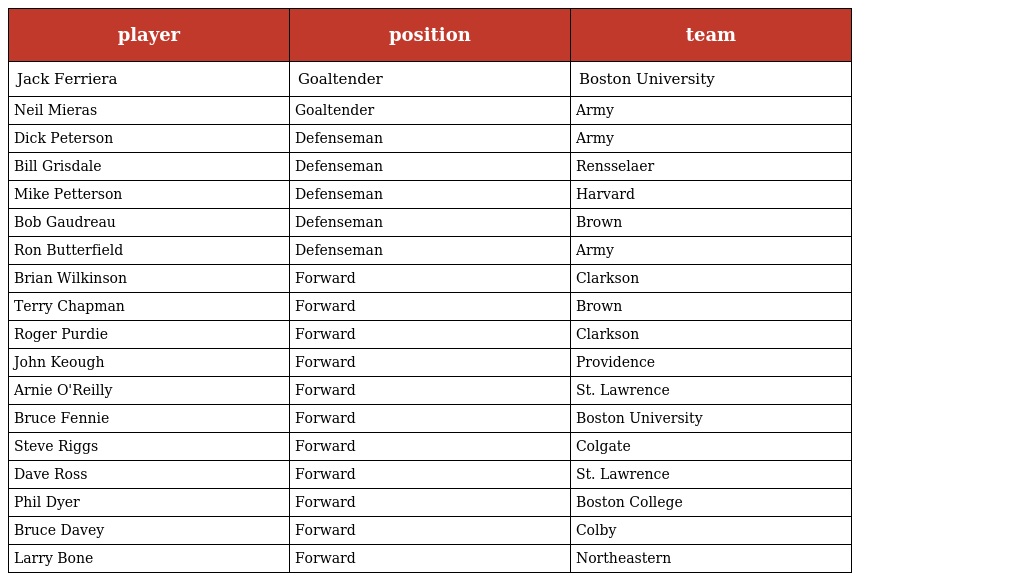
| player | position | team |
 | --- | --- | --- |
 | Jack Ferriera | Goaltender | Boston University |
 | Neil Mieras | Goaltender | Army |
 | Dick Peterson | Defenseman | Army |
 | Bill Grisdale | Defenseman | Rensselaer |
 | Mike Petterson | Defenseman | Harvard |
 | Bob Gaudreau | Defenseman | Brown |
 | Ron Butterfield | Defenseman | Army |
 | Brian Wilkinson | Forward | Clarkson |
 | Terry Chapman | Forward | Brown |
 | Roger Purdie | Forward | Clarkson |
 | John Keough | Forward | Providence |
 | Arnie O'Reilly | Forward | St. Lawrence |
 | Bruce Fennie | Forward | Boston University |
 | Steve Riggs | Forward | Colgate |
 | Dave Ross | Forward | St. Lawrence |
 | Phil Dyer | Forward | Boston College |
 | Bruce Davey | Forward | Colby |
 | Larry Bone | Forward | Northeastern |